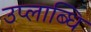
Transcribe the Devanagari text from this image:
उप्लाब्धि